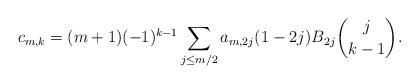
LaTeX: \begin{align*} c_{m,k}=(m+1)(-1)^{k-1} \sum_{j \leq m/2} a_{m,2 j} (1-2j) B_{2 j} {j \choose k-1}. \end{align*}